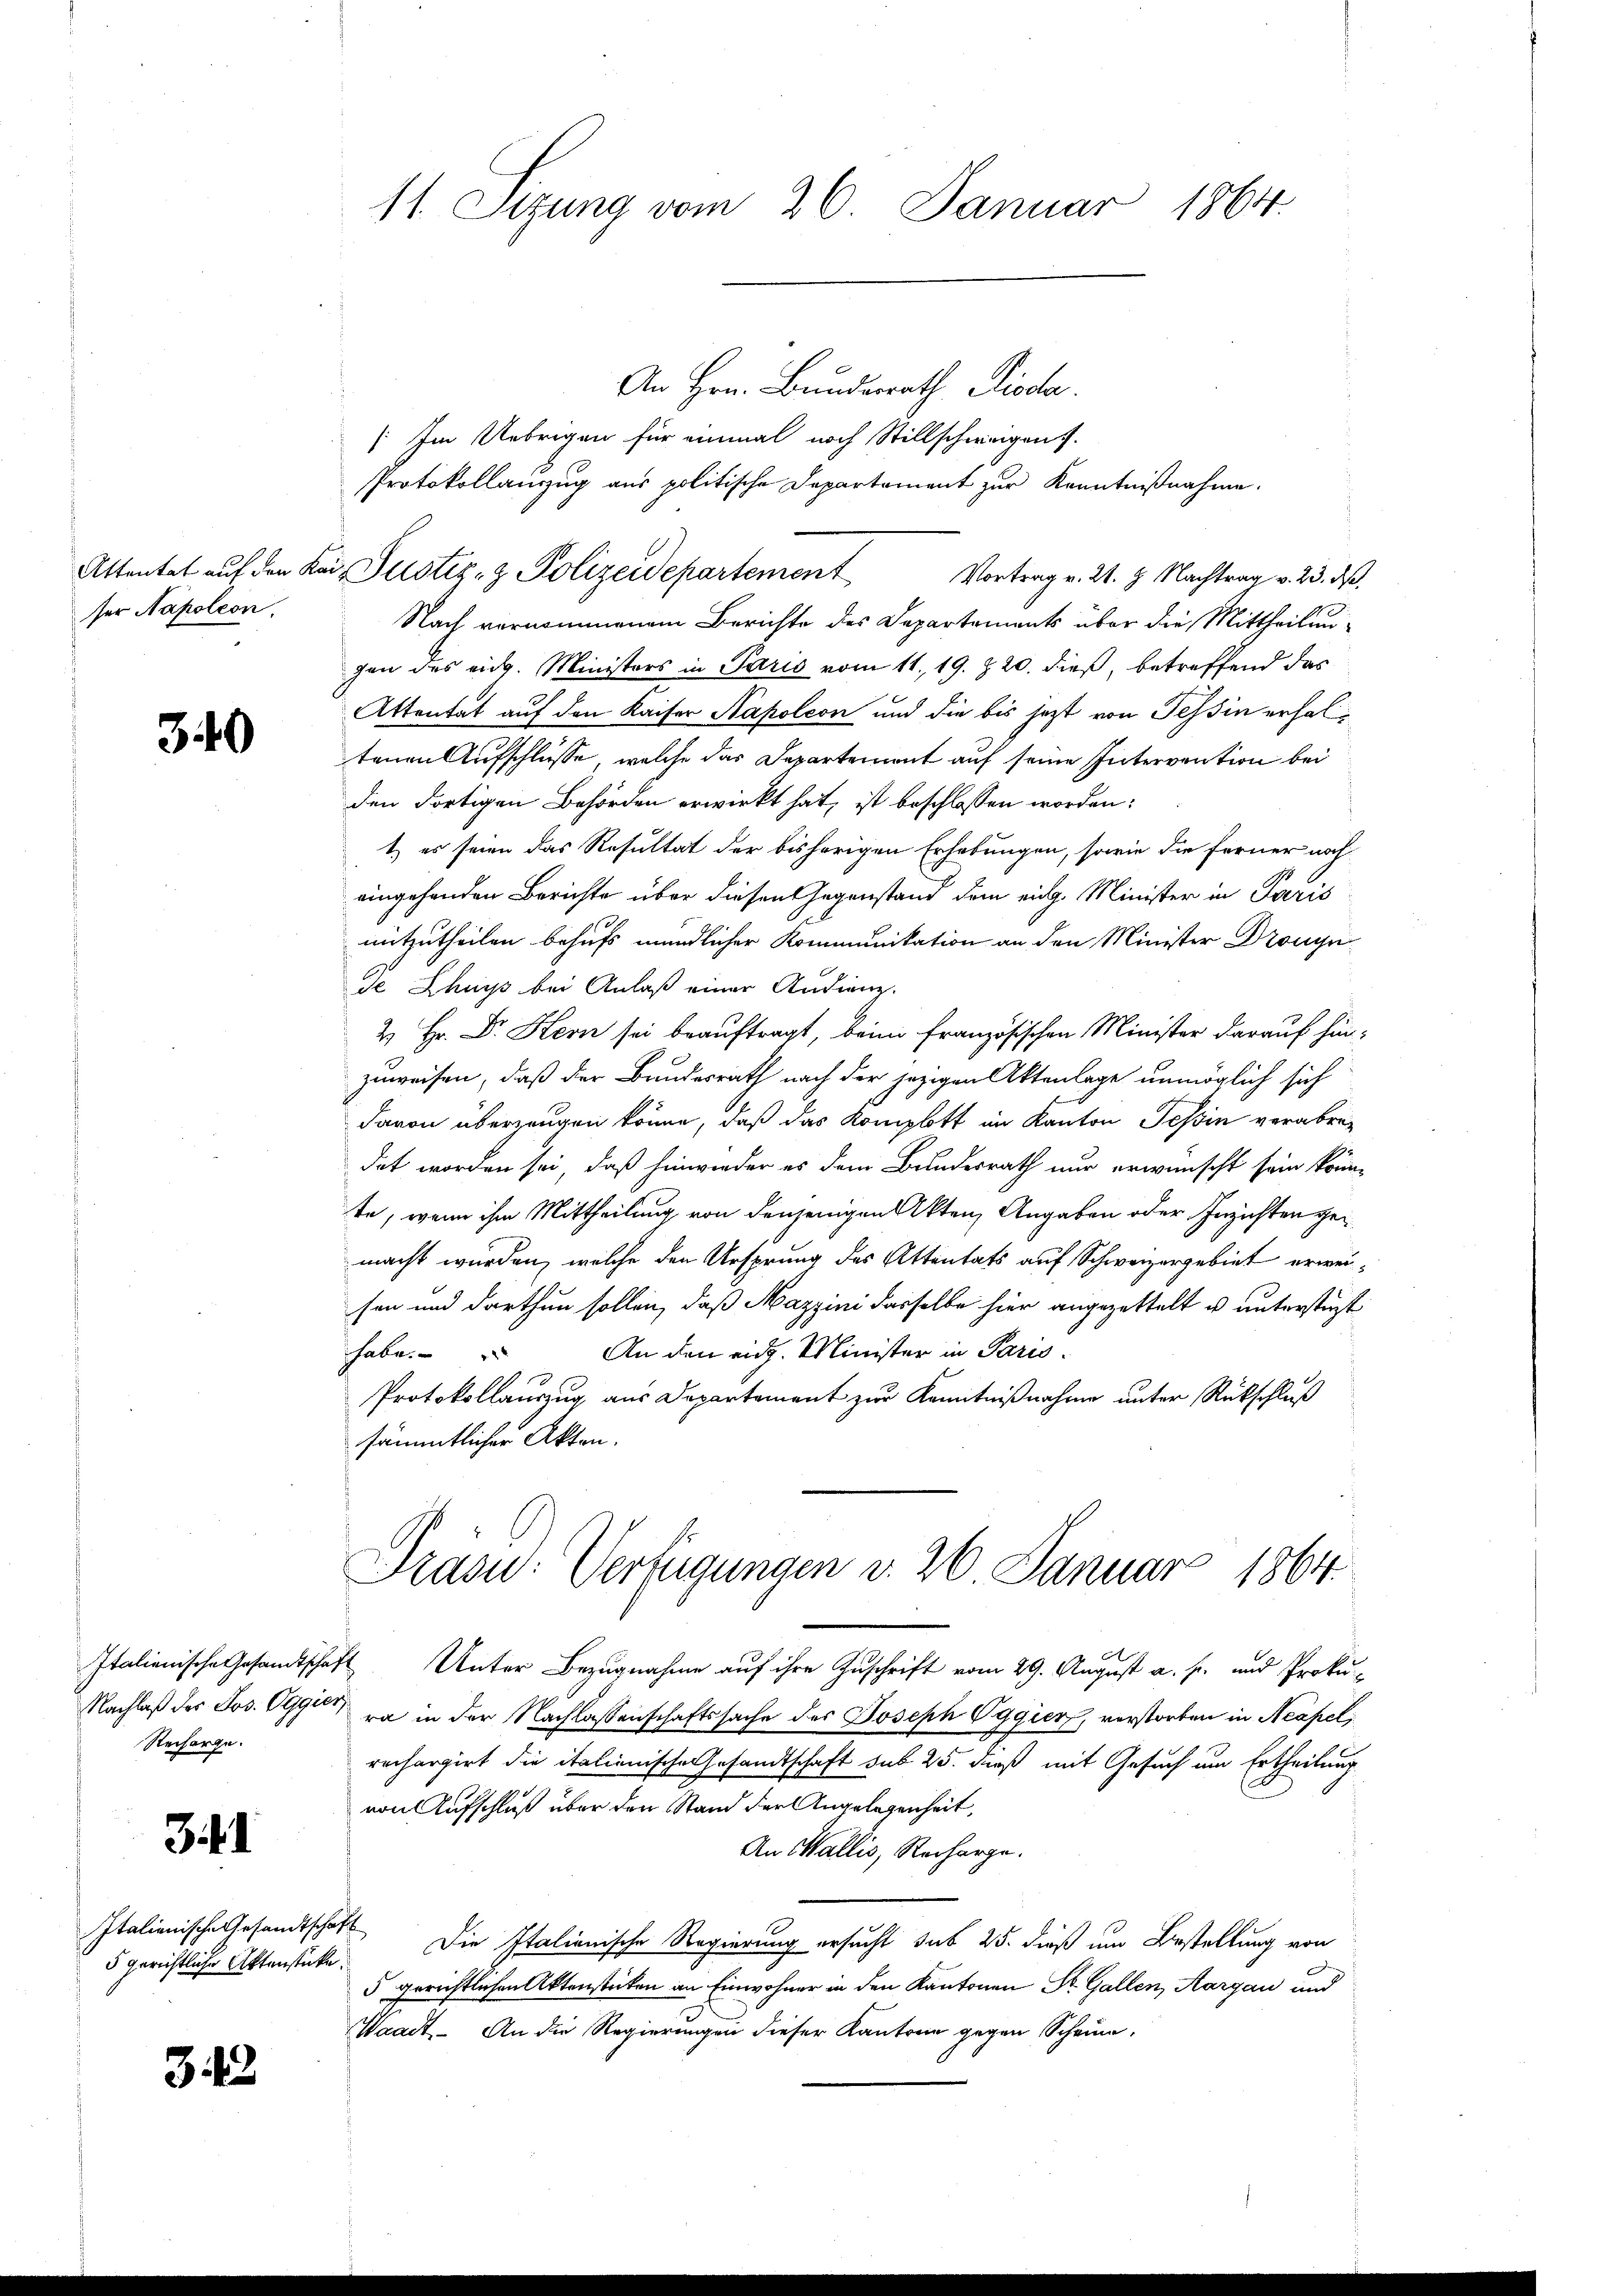
ser Napoleon

340

Recharge.

3t. 1

5 gerichtliche Aktenstücke.

313

11 Sizung vom 26. Januar 1864.

An Hrn. Bundesrath Pioda
Im Uebrigen für einmal noch Stillschweigen s
Protokollauszug aus politische Departement zur Kenntnißnahme.
Attentat auf den Kanz. Justiz- & Polizeidepartement Vortrag v. 24. 8. Nachtrag v. 23. ds.
Nach vernommenem Berichte des Departements über die Mittheilungen des eidg. Ministers in Paris vom 11. 19. Z. 20. dieß, betreffend das
Attentät auf den Kaiser Napoleon und die bis jetzt von Tessin erhaltenen Aufschlüsse, welche das Departement auf seine Intervention bei
den dortigen Behörden erwirkt hat, ist beschlossen worden:
t es seien das Resultat der bisherigen Erhebungen, sowie die Ferner noch
eingehenden Berichte über diesen Gegenstand dem eidg. Minister in Paris
mitzutheilen behufs mündlicher Kommunikation an den Minister Drongn
de Chuys bei Anlaß einer Audiene.
2 Hr. Dr. Hern sei beauftragt, beim französischen Minister darauf hinzuweisen, daß der Bundesrath nach der jezigen Aktenlage unmöglich sich
davon überzeugen könne, daß das Komplott im Kanton Tessin verabredet worden sei, daß hinwieder es dem Bundesrath nur erwünscht sein könnte, wenn ihm Mittheilung von denjenigen Akten Angaben oder Inzichten gemacht wurden, welche den Ursprung des Attentats auf Schweizergebiet erweisen und darthun sollen, daß Mazzini dasselbe hier angezettelt u unterstüzt
An den eidg. Minister in Paris
habe.
Protokollauszug aus Departement zur Kenntnißnahme unter Rückschluß
sämmtlicher Akten.
Präsid: Verfügungen v. 26. Januar 1864.
Italienische Gesandtschaft Unter Bezugnahme auf ihre Zuschrift vom 29. August a. p. und Proku-
Nachlaß der Jos. Oggi ra in der Nachlassenschaftssache des Joseph Oggien, verstorben in Neapel,
rechargirt die italienische Gesandtschaft sub 25. dieß mit Gesuch um Ertheilung
von Aufschluß über den Stand der Angelegenheit,
An Wallis, Recharge.
Italienische Gesandtschaft Die Italienische Regierung ersucht sub 25. dieß um Bestellung von
5 gerichtlichen Aktenstücken an Einwohner in den Kantonen St. Gallen, Aargau und
Waadt. - An die Regierungen dieser Kantone gegen Scheune,